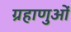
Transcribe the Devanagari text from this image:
ग्रहाणुओं